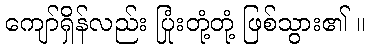
ကျော်ရှိန်လည်း ပြုံးတုံ့တုံ့ ဖြစ်သွား၏ ။